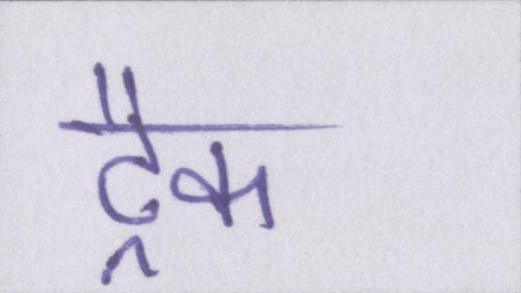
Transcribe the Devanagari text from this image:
ट्रैक